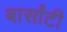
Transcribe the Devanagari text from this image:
बार्सांटी